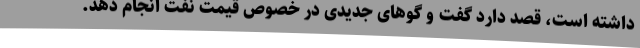
داشته است، قصد دارد گفت و گوهای جدیدی در خصوص قیمت نفت انجام دهد.